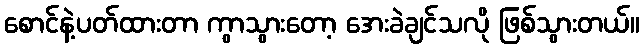
စောင်နဲ့ပတ်ထားတာ ကွာသွားတော့ အေးခဲချင်သလို ဖြစ်သွားတယ်။